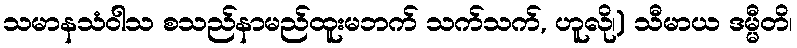
သမာနသံဝါသ စသည်နာမည်ထူးမဘက် သက်သက်, ဟူလို၊) သီမာယ ဒမ္မီတိ၊